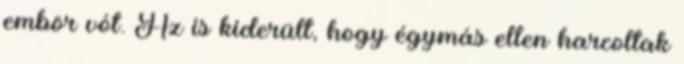
embör vót. Az is kiderült, hogy égymás ellen harcoltak